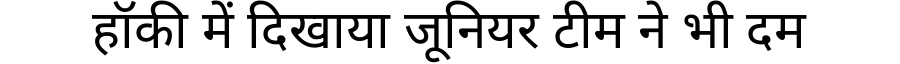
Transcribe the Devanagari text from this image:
हॉकी में दिखाया जूनियर टीम ने भी दम